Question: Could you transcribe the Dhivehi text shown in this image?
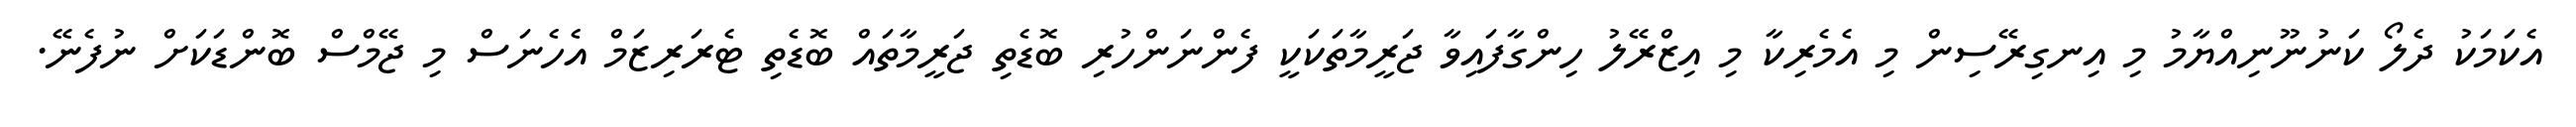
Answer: އެކަމަކު ދެލޯ ކަނުނޫނިއްޔާމު މި އިނގިރޭސިން މި އެމެރިކާ މި އިޒްރޭލު ހިންގާފައިވާ ޖަރީމާތަކަކީ ފެންނަންހުރި ބޮޑެތި ޖަރީމާތައް ބޮޑެތި ޓެރަރިޒަމް އެހެނަސް މި ޖޭމްސް ބޮންޑަކަށް ނުފެނޭ.